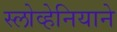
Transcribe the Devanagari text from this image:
स्लोव्हेनियाने